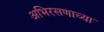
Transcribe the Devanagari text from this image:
अभिरसणाच्या